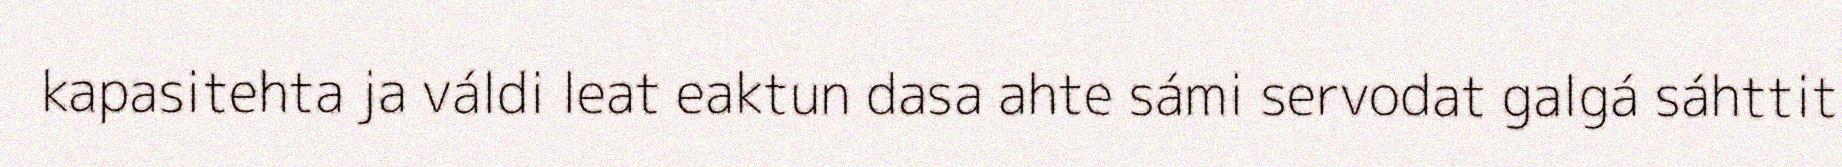
kapasitehta ja váldi leat eaktun dasa ahte sámi servodat galgá sáhttit